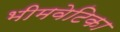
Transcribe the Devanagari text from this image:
भीमवेटिका